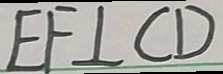
E F \bot C D